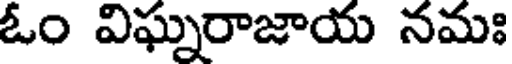
ఓం విఘ్నరాజాయ నమః